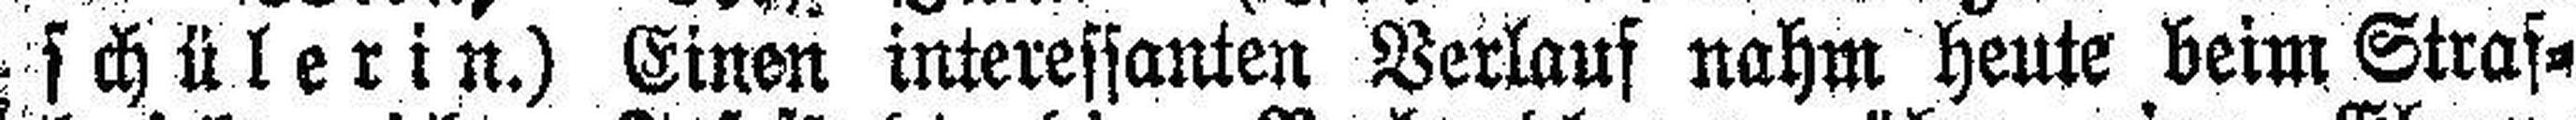
schülerin.) Einen interessanten Verlauf nahm heute beim Straf¬